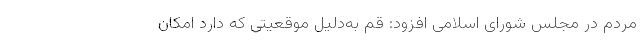
مردم در مجلس شورای اسلامی افزود: ‌قم به‌دلیل موقعیتی که دارد امکان